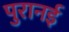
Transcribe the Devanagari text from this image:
पुरानई